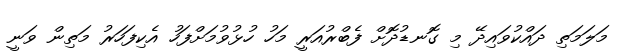
މަލަމަތި ދައްކުވައިދޭ މި ގޮނޑުދޮށް ފެބްރުއަރީ މަހު ހުޅުވުމަށްފަހު އެކިފަހަރު މަތިން ވަނީ